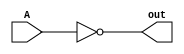
module bitwise_not #(parameter WIDTH=1)(A, out);
    input [WIDTH-1:0] A;
    output [WIDTH-1:0] out;

    genvar i;
    generate
        for (i = 0; i < WIDTH; i = i + 1) begin
            not NOT1(out[i], A[i]);
        end
    endgenerate
endmodule